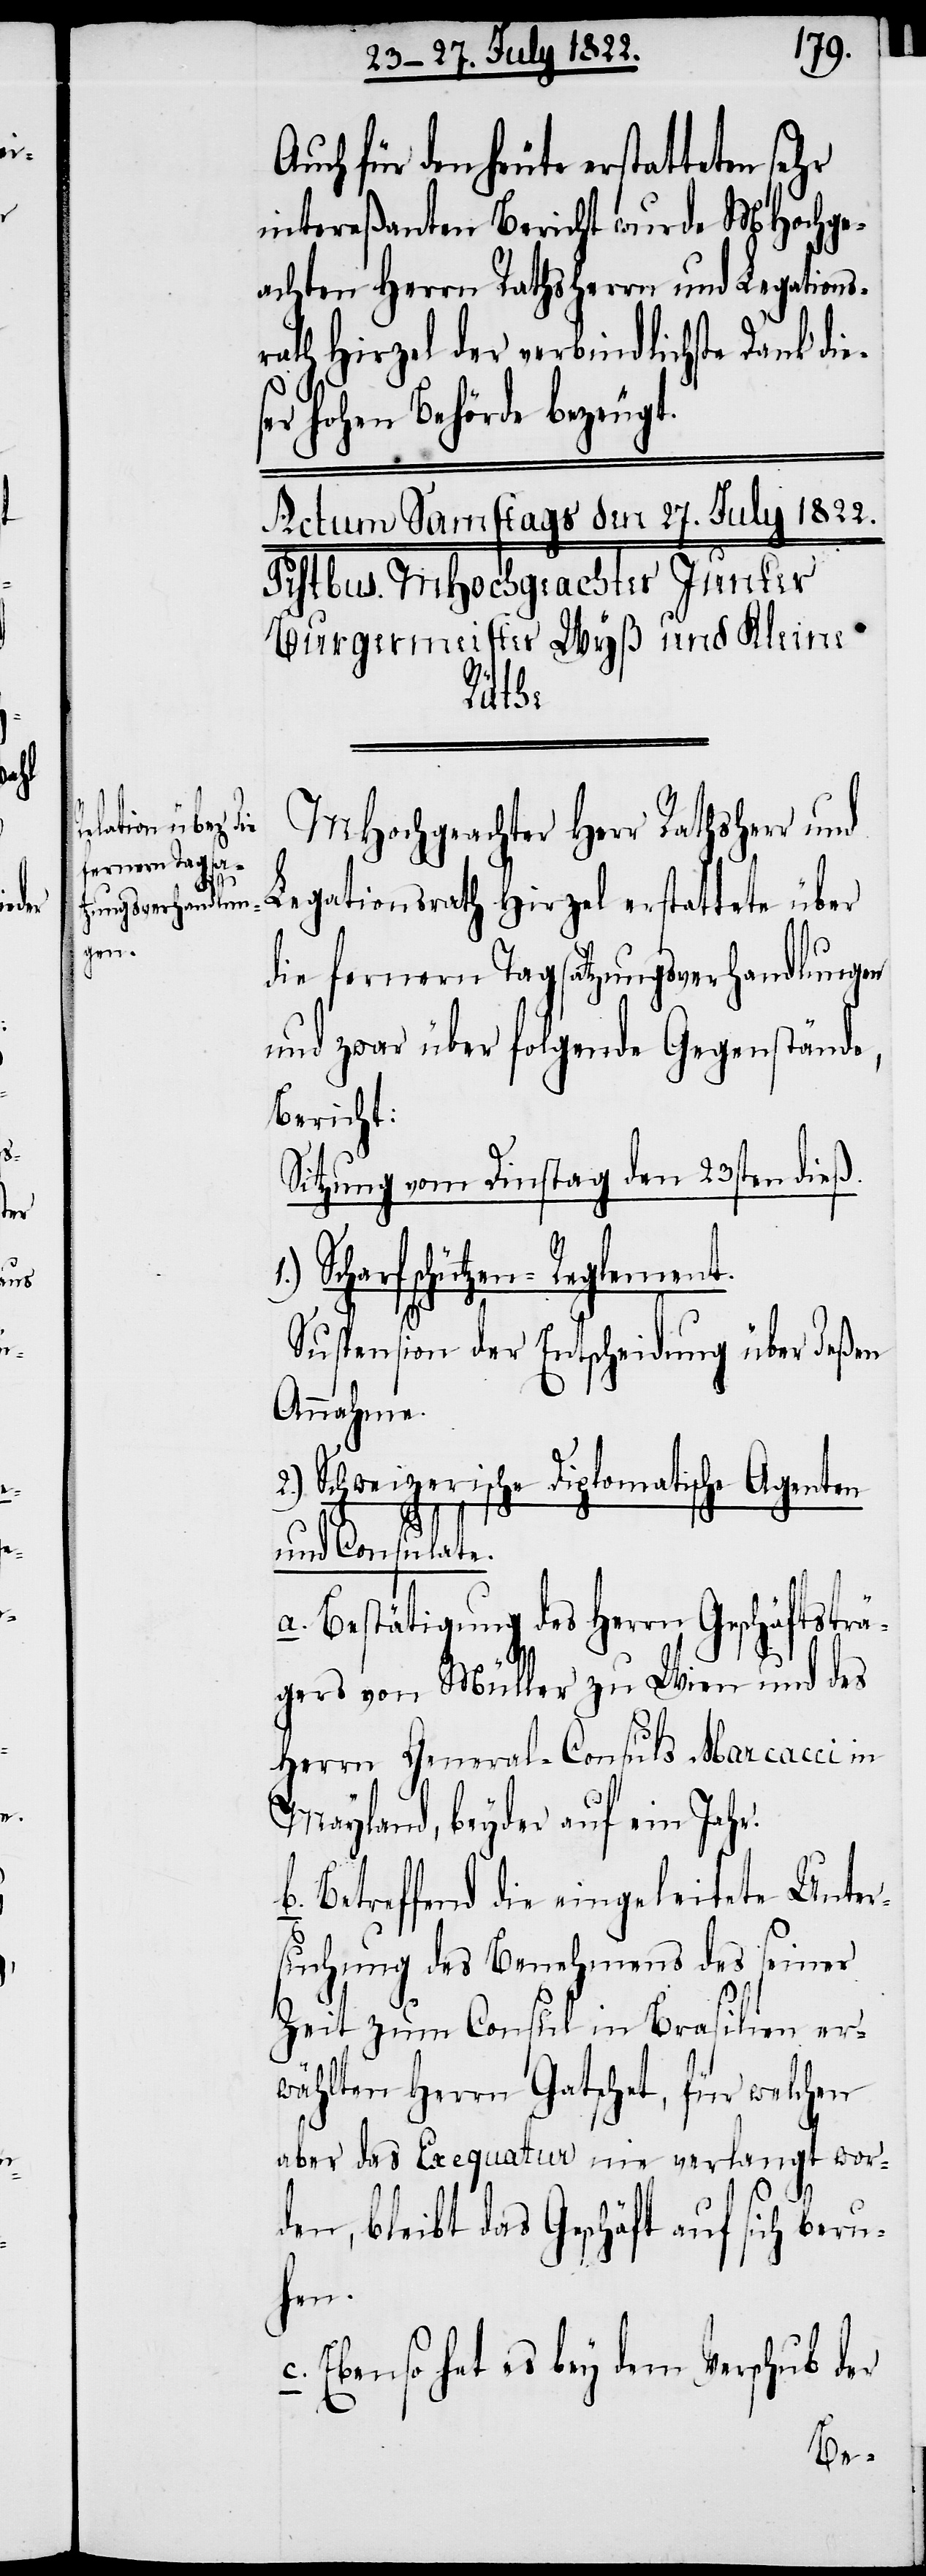
s¬

Auch für den heute erstatteten
intereßanten Bericht wurde MHochge¬
achten Herrn Rathsherrn und Legations¬
rath Hirzel der verbindlichste Dank die¬
er Hohen Behörde bezeugt.
MHochgeachter Herr Rathsherr und
Legationsrath Hirzel erstattete über
die fernern Tagsatzungsverhandlungen
und zwar über folgende Gegenstände,
Bericht:
Sitzung vom Dinstag den 23sten dieß.
Scharfschützen-Reglement.
Suspension der Entscheidung über deßen
Annahme.
2.) Schweizerische Diplomatische Agenten
und Consule.
a. Bestätigung des Herrn Geschäftsträ¬
gers von Müller zu Wien und des
Herrn General-Consuls Marcacci in
Mayland, beyder auf ein Jahr.
b. Betreffend die eingeleitete Unter¬
suchung des Benehmens des seiner
Zeit zum Consul in Brasilien er¬
wählten Herrn Gatschet, für welchen
aber das Exequatur wie verlangt wor¬
den, bleibt das Geschäft auf sich beru¬
hen.
c. Ebenso hat es bey dem Verschub der